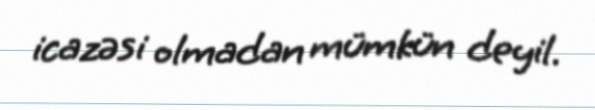
icazəsi olmadan mümkün deyil.